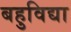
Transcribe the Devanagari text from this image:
बहुविद्या